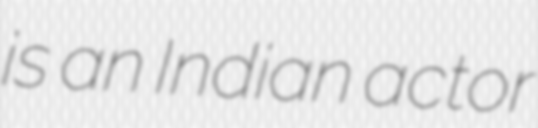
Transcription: is an Indian actor